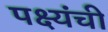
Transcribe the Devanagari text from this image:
पक्ष्यंची